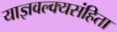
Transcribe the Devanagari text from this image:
याज्ञवल्क्यसंहिता